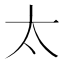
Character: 太